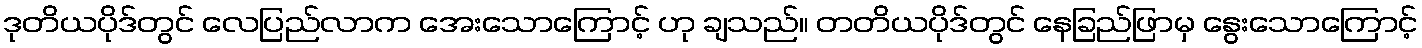
ဒုတိယပိုဒ်တွင် လေပြည်လာက အေးသောကြောင့် ဟု ချသည်။ တတိယပိုဒ်တွင် နေခြည်ဖြာမှ နွေးသောကြောင့်